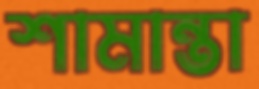
শামান্তা